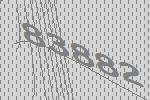
83882